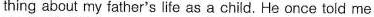
thing about my father's life as a child. He once told me